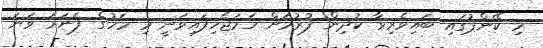
މި ކޭންޕުގައި ބައިވެރިވާ ކުދިން ފުރުމަށް ހަމަޖެހިފައިވަނީ މި މަހުގެ ފަނަރަ ވަނަ